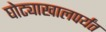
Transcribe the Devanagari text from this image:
घोट्याखालपर्यंत